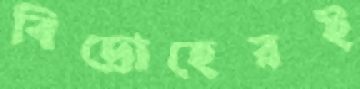
বিদ্রোহেরই